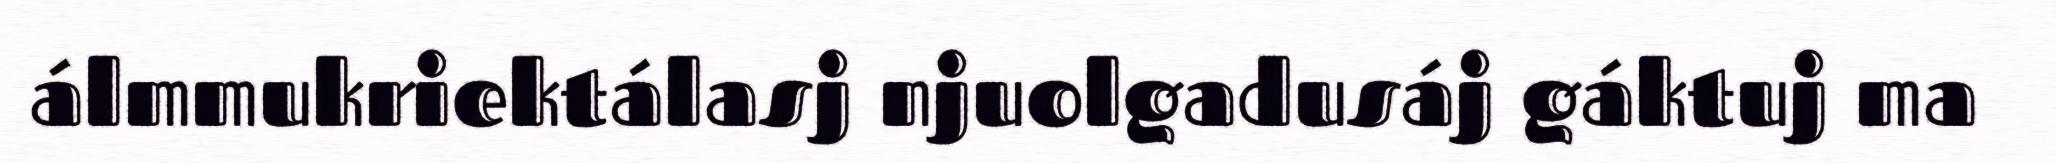
álmmukriektálasj njuolgadusáj gáktuj ma